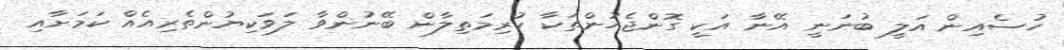
ހުސެއިން އަލީ ބުނަނީ އޭނާ އަކީ ގޮންޖެހުންތަކާ ކުރިމަތިލާން ބޭނުންވާ ލަވަކިޔުންތެރިއެއް ކަމަށާއި